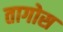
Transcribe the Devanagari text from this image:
तागोस